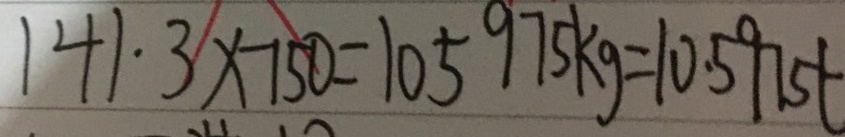
1 4 1 \cdot 3 x - 1 5 0 = 1 0 5 9 7 5 k g = 1 0 . 5 9 5 t